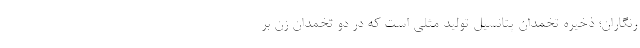
رنگاران؛ ذخیره تخمدان پتانسیل تولید مثلی است که در دو تخمدان زن بر